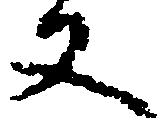
又